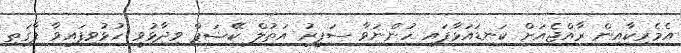
އެމެރިކާއިން ރާއްޖެއަށް ކަނޑައަޅާފައި ހުންނަވާ ސަފީރު އަތުލް ކޭޝަޕް ވިދާޅުވީ ހުޅުވިފައިވާ ފާގަތި